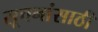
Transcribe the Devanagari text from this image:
सूचनांसाठी